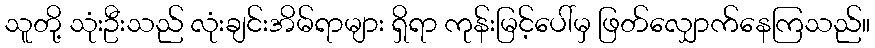
သူတို့ သုံးဦးသည် လုံးချင်းအိမ်ရာများ ရှိရာ ကုန်းမြင့်ပေါ်မှ ဖြတ်လျှောက်နေကြသည်။